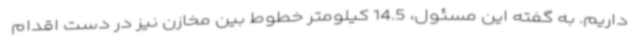
داریم. به گفته این مسئول، 14.5 کیلومتر خطوط بین مخازن نیز در دست اقدام